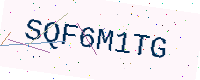
Text: SQF6M1TG